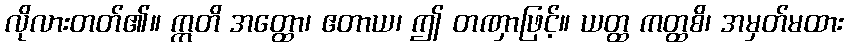
လိုလားတတ်၏။ ဣတိ အတ္ထော၊ ဧတာယ၊ ဤ တဏှာဖြင့်။ ယတ္ထ ကတ္ထစိ၊ အမှတ်မထား